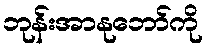
ဘုန်းအာနုဘော်ကို